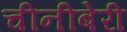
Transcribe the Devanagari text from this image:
चीनीबेरी